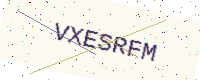
Text: VXESRFM